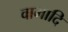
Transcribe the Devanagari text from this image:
वामादि